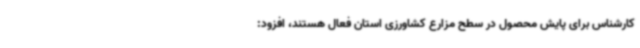
کارشناس برای پایش محصول در سطح مزارع کشاورزی استان فعال هستند، افزود: